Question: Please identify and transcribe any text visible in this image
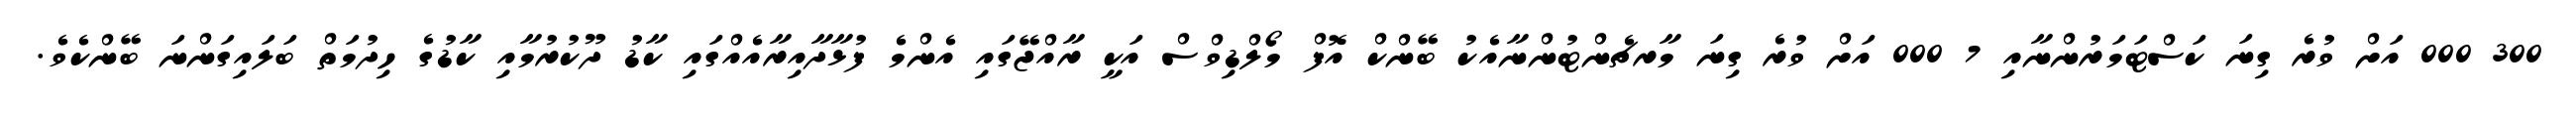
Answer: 300 000 އަށް ވުރެ ގިނަ ކަސްޓަމަރުންނާއި 7 000 އަށް ވުރެ ގިނަ މާރޗެންޓުންނާއެކު ބޭންކް އޮފް މޯލްޑިވްސް އަކީ ރާއްޖޭގައި އެންމެ ފުޅާދާއިރާއެއްގައި ކާޑު ދޫކުރުމާއި ކާޑުގެ ހިދުމަތް ބަލައިގަންނަ ބޭންކެވެ.